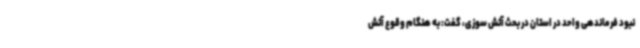
نبود فرماندهی واحد در استان در بحث آتش سوزی، گفت: به هنگام وقوع آتش